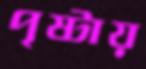
পৃষ্টায়